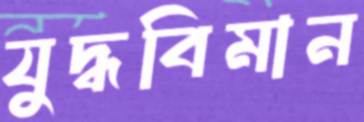
যুদ্ধবিমান